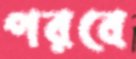
পরবে